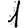
Digit: 1